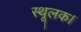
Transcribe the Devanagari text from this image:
स्थूलक।